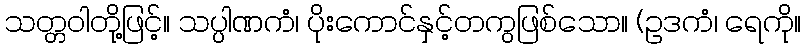
သတ္တဝါတို့ဖြင့်။ သပ္ပါဏကံ၊ ပိုးကောင်နှင့်တကွဖြစ်သော။ (ဥဒကံ၊ ရေကို။